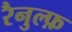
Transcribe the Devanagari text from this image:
रैनुल्फ़